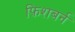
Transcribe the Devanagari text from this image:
फ़िशबर्न